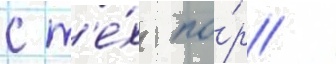
с т'е́х по́р /